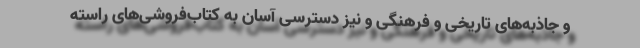
و جاذبه‌های تاریخی و فرهنگی و نیز دسترسی آسان به کتاب‌فروشی‌های راسته